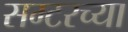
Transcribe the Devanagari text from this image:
सम्टरच्या